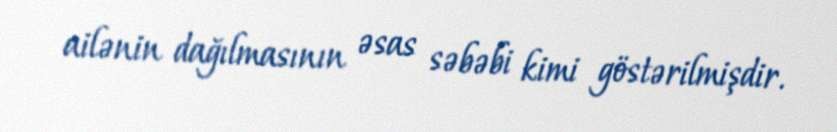
ailənin dağılmasının əsas səbəbi kimi göstərilmişdir.